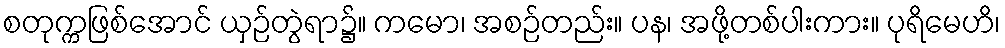
စတုက္ကဖြစ်အောင် ယှဉ်တွဲရာ၌။ ကမော၊ အစဉ်တည်း။ ပန၊ အဖို့တစ်ပါးကား။ ပုရိမေဟိ၊